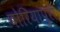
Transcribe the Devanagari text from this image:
बोरियापुरा